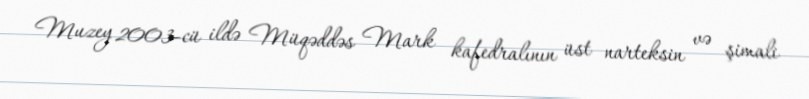
Muzey 2003-cü ildə Müqəddəs Mark kafedralının üst narteksin və şimali